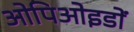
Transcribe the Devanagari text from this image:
ओपिओइडों